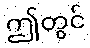
ဤတွင်